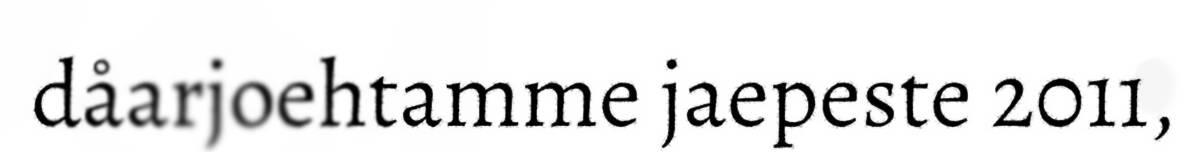
dåarjoehtamme jaepeste 2011,